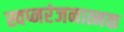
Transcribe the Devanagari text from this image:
स्वप्नरंजनात्मक